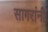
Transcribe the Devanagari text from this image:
सागरांनी